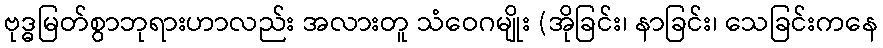
ဗုဒ္ဓမြတ်စွာဘုရားဟာလည်း အလားတူ သံဝေဂမျိုး (အိုခြင်း၊ နာခြင်း၊ သေခြင်းကနေ